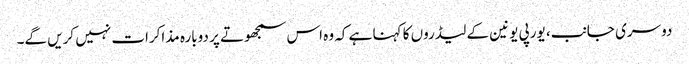
دوسری جانب، یورپی یونین کے لیڈروں کا کہنا ہے کہ وہ اس سمجھوتے پر دوبارہ مذاکرات نہیں کریں گے۔